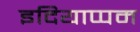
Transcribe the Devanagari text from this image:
इदियाप्पम